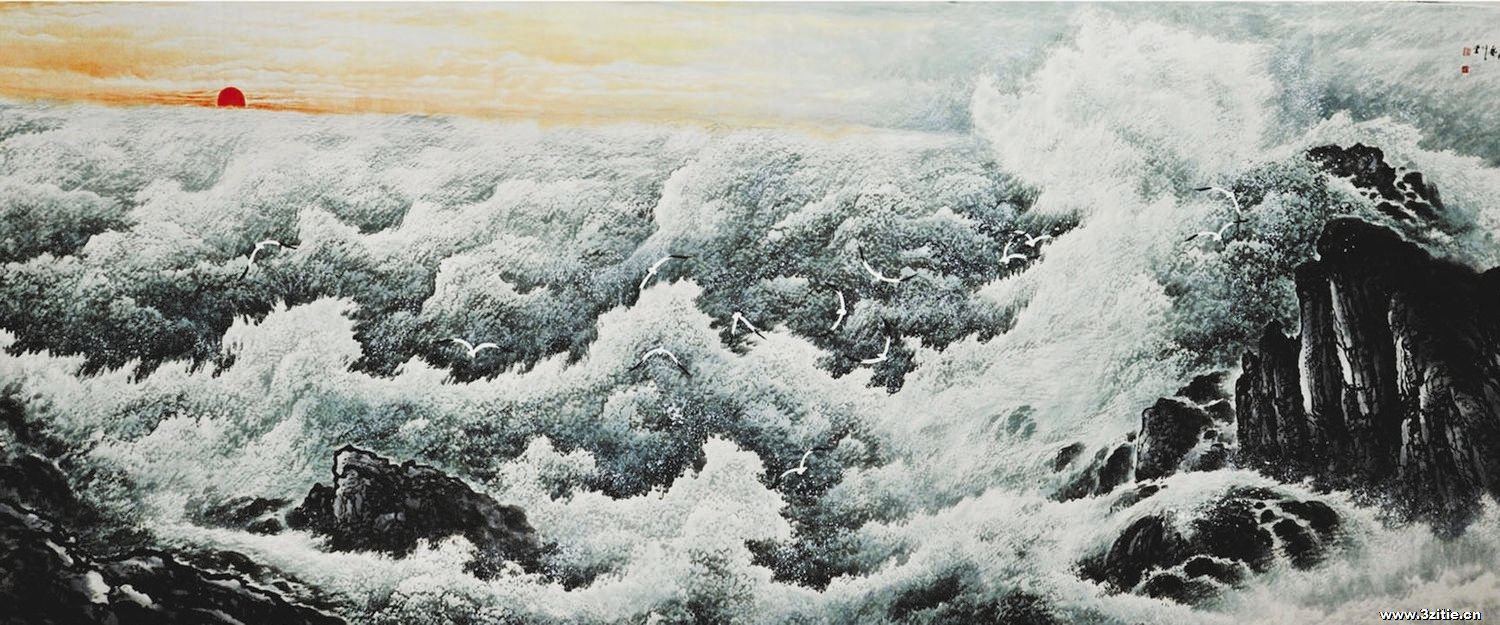
朝云乱人目，帝女湘川宿。